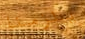
يلزمنا